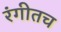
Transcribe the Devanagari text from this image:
रंगीतच